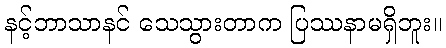
နင့်ဘာသာနင် သေသွားတာက ပြဿနာမရှိဘူး။